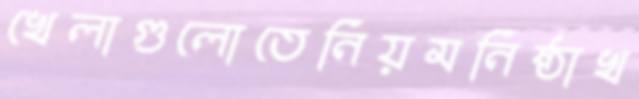
খেলাগুলোতেনিয়মনিষ্ঠাখ